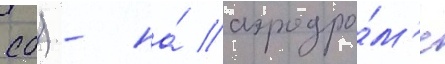
сб) - на́ аэродро́м'е